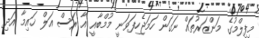
މިފިލްމުގެ މަންޒަރުތައް ނަގަން ހަމަޖެހިފަވަނީ މުމްބާއީ އާ ރަސް އަލް ޚައިމާ އަދި